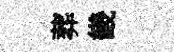
葬畿